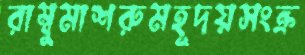
রাম্বুমাশরুমহূদয়সংক্র